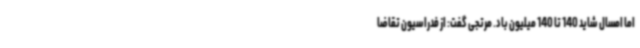
اما امسال شاید 140 تا 140 میلیون باد. مرتجی گفت: از فدراسیون تقاضا